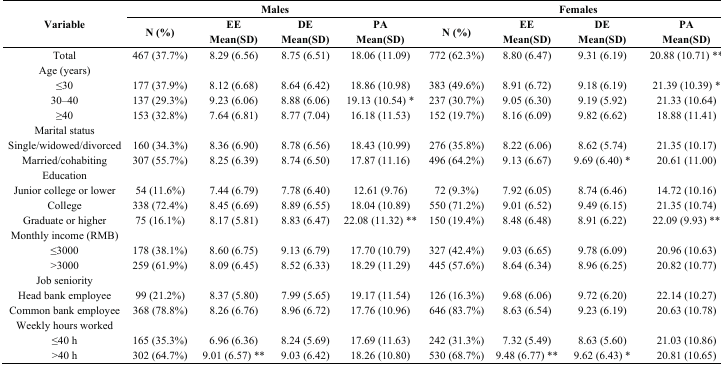
<table><thead><tr><td rowspan="3"><b>Variable</b></td><td colspan="4"><b>Males</b></td><td colspan="4"><b>Females</b></td></tr><tr><td rowspan="2"><b>N (%)</b></td><td><b>EE</b></td><td><b>DE</b></td><td><b>PA</b></td><td rowspan="2"><b>N (%)</b></td><td><b>EE</b></td><td><b>DE</b></td><td><b>PA</b></td></tr><tr><td><b>Mean(SD)</b></td><td><b>Mean(SD)</b></td><td><b>Mean(SD)</b></td><td><b>Mean(SD)</b></td><td><b>Mean(SD)</b></td><td><b>Mean(SD)</b></td></tr></thead><tbody><tr><td>Total</td><td>467 (37.7%)</td><td>8.29 (6.56)</td><td>8.75 (6.51)</td><td>18.06 (11.09)</td><td>772 (62.3%)</td><td>8.80 (6.47)</td><td>9.31 (6.19)</td><td>20.88 (10.71) **</td></tr><tr><td>Age (years)</td><td>[EMPTY_CELL]</td><td>[EMPTY_CELL]</td><td>[EMPTY_CELL]</td><td>[EMPTY_CELL]</td><td>[EMPTY_CELL]</td><td>[EMPTY_CELL]</td><td>[EMPTY_CELL]</td><td>[EMPTY_CELL]</td></tr><tr><td>≤30</td><td>177 (37.9%)</td><td>8.12 (6.68)</td><td>8.64 (6.42)</td><td>18.86 (10.98)</td><td>383 (49.6%)</td><td>8.91 (6.72)</td><td>9.18 (6.19)</td><td>21.39 (10.39) *</td></tr><tr><td>30–40</td><td>137 (29.3%)</td><td>9.23 (6.06)</td><td>8.88 (6.06)</td><td>19.13 (10.54) *</td><td>237 (30.7%)</td><td>9.05 (6.30)</td><td>9.19 (5.92)</td><td>21.33 (10.64)</td></tr><tr><td>≥40</td><td>153 (32.8%)</td><td>7.64 (6.81)</td><td>8.77 (7.04)</td><td>16.18 (11.53)</td><td>152 (19.7%)</td><td>8.16 (6.09)</td><td>9.82 (6.62)</td><td>18.88 (11.41) </td></tr><tr><td>Marital status</td><td>[EMPTY_CELL]</td><td>[EMPTY_CELL]</td><td>[EMPTY_CELL]</td><td>[EMPTY_CELL]</td><td>[EMPTY_CELL]</td><td>[EMPTY_CELL]</td><td>[EMPTY_CELL]</td><td>[EMPTY_CELL]</td></tr><tr><td>Single/widowed/divorced</td><td>160 (34.3%)</td><td>8.36 (6.90)</td><td>8.78 (6.56)</td><td>18.43 (10.99)</td><td>276 (35.8%)</td><td>8.22 (6.06)</td><td>8.62 (5.74)</td><td>21.35 (10.17)</td></tr><tr><td>Married/cohabiting</td><td>307 (55.7%)</td><td>8.25 (6.39)</td><td>8.74 (6.50)</td><td>17.87 (11.16)</td><td>496 (64.2%)</td><td>9.13 (6.67)</td><td>9.69 (6.40) *</td><td>20.61 (11.00)</td></tr><tr><td>Education</td><td>[EMPTY_CELL]</td><td>[EMPTY_CELL]</td><td>[EMPTY_CELL]</td><td>[EMPTY_CELL]</td><td>[EMPTY_CELL]</td><td>[EMPTY_CELL]</td><td>[EMPTY_CELL]</td><td>[EMPTY_CELL]</td></tr><tr><td>Junior college or lower</td><td>54 (11.6%)</td><td>7.44 (6.79)</td><td>7.78 (6.40)</td><td>12.61 (9.76)</td><td>72 (9.3%)</td><td>7.92 (6.05)</td><td>8.74 (6.46)</td><td>14.72 (10.16)</td></tr><tr><td>College</td><td>338 (72.4%)</td><td>8.45 (6.69)</td><td>8.89 (6.55)</td><td>18.04 (10.89)</td><td>550 (71.2%)</td><td>9.01 (6.52)</td><td>9.49 (6.15)</td><td>21.35 (10.74)</td></tr><tr><td>Graduate or higher</td><td>75 (16.1%)</td><td>8.17 (5.81)</td><td>8.83 (6.47)</td><td>22.08 (11.32) **</td><td>150 (19.4%)</td><td>8.48 (6.48)</td><td>8.91 (6.22)</td><td>22.09 (9.93) **</td></tr><tr><td>Monthly income (RMB)</td><td>[EMPTY_CELL]</td><td>[EMPTY_CELL]</td><td>[EMPTY_CELL]</td><td>[EMPTY_CELL]</td><td>[EMPTY_CELL]</td><td>[EMPTY_CELL]</td><td>[EMPTY_CELL]</td><td>[EMPTY_CELL]</td></tr><tr><td>≤3000</td><td>178 (38.1%)</td><td>8.60 (6.75)</td><td>9.13 (6.79)</td><td>17.70 (10.79)</td><td>327 (42.4%)</td><td>9.03 (6.65)</td><td>9.78 (6.09)</td><td>20.96 (10.63)</td></tr><tr><td>&gt;3000</td><td>259 (61.9%)</td><td>8.09 (6.45)</td><td>8.52 (6.33)</td><td>18.29 (11.29)</td><td>445 (57.6%)</td><td>8.64 (6.34)</td><td>8.96 (6.25)</td><td>20.82 (10.77)</td></tr><tr><td>Job seniority</td><td>[EMPTY_CELL]</td><td>[EMPTY_CELL]</td><td>[EMPTY_CELL]</td><td>[EMPTY_CELL]</td><td>[EMPTY_CELL]</td><td>[EMPTY_CELL]</td><td>[EMPTY_CELL]</td><td>[EMPTY_CELL]</td></tr><tr><td>Head bank employee</td><td>99 (21.2%)</td><td>8.37 (5.80)</td><td>7.99 (5.65)</td><td>19.17 (11.54)</td><td>126 (16.3%)</td><td>9.68 (6.06)</td><td>9.72 (6.20)</td><td>22.14 (10.27)</td></tr><tr><td>Common bank employee</td><td>368 (78.8%)</td><td>8.26 (6.76)</td><td>8.96 (6.72)</td><td>17.76 (10.96)</td><td>646 (83.7%)</td><td>8.63 (6.54)</td><td>9.23 (6.19)</td><td>20.63 (10.78)</td></tr><tr><td>Weekly hours worked</td><td>[EMPTY_CELL]</td><td>[EMPTY_CELL]</td><td>[EMPTY_CELL]</td><td>[EMPTY_CELL]</td><td>[EMPTY_CELL]</td><td>[EMPTY_CELL]</td><td>[EMPTY_CELL]</td><td>[EMPTY_CELL]</td></tr><tr><td>≤40 h</td><td>165 (35.3%)</td><td>6.96 (6.36)</td><td>8.24 (5.69)</td><td>17.69 (11.63)</td><td>242 (31.3%)</td><td>7.32 (5.49)</td><td>8.63 (5.60)</td><td>21.03 (10.86)</td></tr><tr><td>&gt;40 h</td><td>302 (64.7%)</td><td>9.01 (6.57) **</td><td>9.03 (6.42)</td><td>18.26 (10.80)</td><td>530 (68.7%)</td><td>9.48 (6.77) **</td><td>9.62 (6.43) *</td><td>20.81 (10.65)</td></tr></tbody></table>